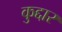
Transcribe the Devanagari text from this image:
कुद्दार